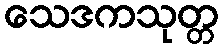
သေဒကသုတ္တ